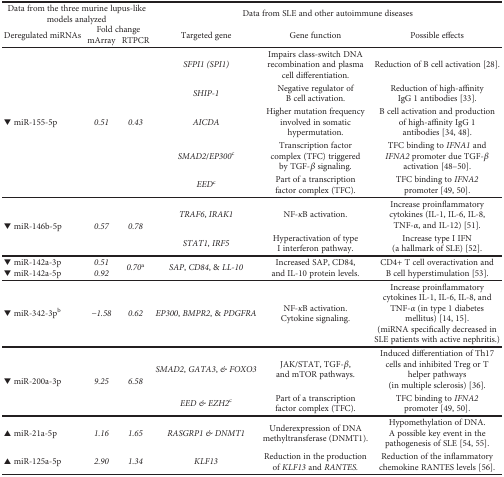
<table><thead><tr><td colspan="3"><b>Data from the three murine lupus-like models analyzed</b></td><td colspan="3"><b>Data from SLE and other autoimmune diseases</b></td></tr><tr><td rowspan="2"><b>Deregulated miRNAs</b></td><td colspan="2"><b>Fold change</b></td><td rowspan="2"><b>Targeted gene</b></td><td rowspan="2"><b>Gene function</b></td><td rowspan="2"><b>Possible effects</b></td></tr><tr><td><b>mArray</b></td><td><b>RTPCR</b></td></tr></thead><tbody><tr><td rowspan="5">▼ miR-155-5p</td><td rowspan="5"><i>0.51</i></td><td rowspan="5"><i>0.43</i></td><td><i>SFPI1 (SPI1)</i></td><td>Impairs class-switch DNA recombination and plasma cell differentiation.</td><td>Reduction of B cell activation [28].</td></tr><tr><td><i>SHIP-1</i></td><td>Negative regulator of B cell activation.</td><td>Reduction of high-affinity IgG 1 antibodies [33].</td></tr><tr><td><i>AICDA</i></td><td>Higher mutation frequency involved in somatic hypermutation.</td><td>B cell activation and production of high-affinity IgG 1 antibodies [34, 48].</td></tr><tr><td><i>SMAD2/EP300</i><sup>c</sup></td><td>Transcription factor complex (TFC) triggered by TGF-<i>β</i> signaling.</td><td>TFC binding to <i>IFNA1</i> and <i>IFNA2</i> promoter due TGF-<i>β</i> activation [48–50].</td></tr><tr><td><i>EED</i><sup>c</sup></td><td>Part of a transcription factor complex (TFC).</td><td>TFC binding to <i>IFNA2</i> promoter [49, 50].</td></tr><tr><td rowspan="2">▼ miR-146b-5p</td><td rowspan="2"><i>0.57</i></td><td rowspan="2"><i>0.78</i></td><td><i>TRAF6</i>, <i>IRAK1</i></td><td>NF-<i>κ</i>B activation.</td><td>Increase proinflammatory cytokines (IL-1, IL-6, IL-8, TNF-<i>α</i>, and IL-12) [51].</td></tr><tr><td><i>STAT1</i>, <i>IRF5</i></td><td>Hyperactivation of type I interferon pathway.</td><td>Increase type I IFN (a hallmark of SLE) [52].</td></tr><tr><td>▼ miR-142a-3p▼ miR-142a-5p</td><td><i>0.51</i><i>0.92</i></td><td><i>0.70</i><sup>a</sup></td><td><i>SAP</i>, <i>CD84</i>, &amp; <i>LL-10</i></td><td>Increased SAP, CD84, and IL-10 protein levels.</td><td>CD4+ T cell overactivation and B cell hyperstimulation [53].</td></tr><tr><td>▼ miR-342-3p<sup>b</sup></td><td><i>−1.58</i></td><td><i>0.62</i></td><td><i>EP300</i>, <i>BMPR2</i>, &amp; <i>PDGFRA</i></td><td>NF-<i>κ</i>B activation.Cytokine signaling.</td><td>Increase proinflammatory cytokines IL-1, IL-6, IL-8, and TNF-<i>α</i> (in type 1 diabetes mellitus) [14, 15].(miRNA specifically decreased in SLE patients with active nephritis.)</td></tr><tr><td rowspan="2">▼ miR-200a-3p</td><td rowspan="2"><i>9.25</i></td><td rowspan="2"><i>6.58</i></td><td><i>SMAD2</i>, <i>GATA3</i>, <i>&amp; FOXO3</i></td><td>JAK/STAT, TGF-<i>β</i>, and mTOR pathways.</td><td>Induced differentiation of Th17 cells and inhibited Treg or T helper pathways(in multiple sclerosis) [36].</td></tr><tr><td><i>EED &amp; EZH2</i><sup>c</sup></td><td>Part of a transcription factor complex (TFC).</td><td>TFC binding to <i>IFNA2</i> promoter [49, 50].</td></tr><tr><td>▲ miR-21a-5p</td><td><i>1.16</i></td><td><i>1.65</i></td><td><i>RASGRP1 &amp; DNMT1</i></td><td>Underexpression of DNA methyltransferase (DNMT1).</td><td>Hypomethylation of DNA. A possible key event in the pathogenesis of SLE [54, 55].</td></tr><tr><td>▲ miR-125a-5p</td><td><i>2.90</i></td><td><i>1.34</i></td><td><i>KLF13</i></td><td>Reduction in the production of <i>KLF13</i> and <i>RANTES.</i></td><td>Reduction of the inflammatory chemokine RANTES levels [56].</td></tr></tbody></table>